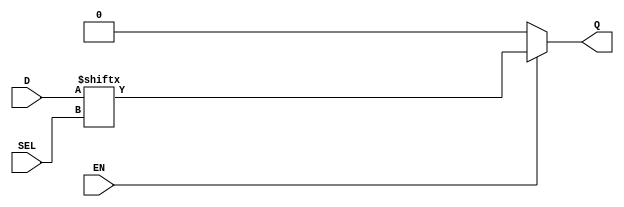
// N bit decimal multiplexor

module MPX(EN,SEL,D,Q);
// EN   --> Enable
// SEL --> Nsel-bit address for output selection
// D    --> input N-bit vector
// Q    --> selected output 
parameter N = 2; // number of inputs
parameter Nsel = 8; // number of selection bits
input EN;
input [Nsel-1:0] SEL;
input [N-1:0] D;

output Q;

assign Q = (EN) ? D[SEL] : 1'b0;

endmodule